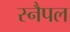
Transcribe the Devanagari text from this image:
स्नैपल